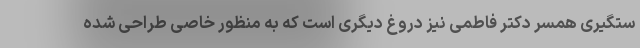
ستگیری همسر دکتر فاطمی نیز دروغ دیگری است که به منظور خاصی طراحی شده